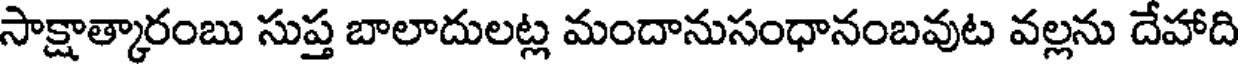
సాక్షాత్కారంబు సుప్త బాలాదులట్ల మందానుసంధానంబవుట వల్లను దేహాది